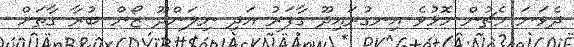
ދެވަނަ މެޗުން މޮޅުވެ އިނގުރައިދޫ ގާފަރު އަދި ނިލަންދޫ ޒޯން ބުރާ ގާތަށް